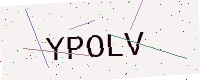
Text: YPOLV